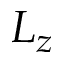
L _ { z }